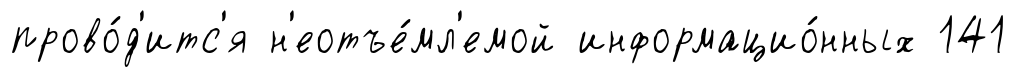
прово́д'итс'я н'еотъе́мл'емой информацио́нных 141